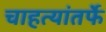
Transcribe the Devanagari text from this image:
चाहत्यांतर्फे